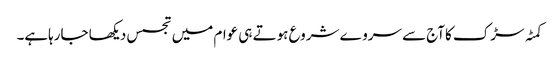
کمٹہ سڑک کاآج سے سروے شروع ہوتے ہی عوام میں تجسس دیکھا جارہاہے۔